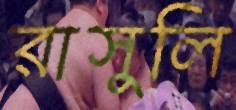
রাসুলি